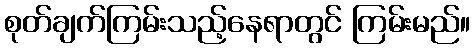
စုတ်ချက်ကြမ်းသည့်နေရာတွင် ကြမ်းမည်။